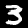
Label: 3